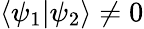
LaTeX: \langle\psi_{1}\vert\psi_{2}\rangle\neq 0